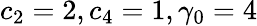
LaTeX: c_{2}=2,c_{4}=1,\gamma_{0}=4